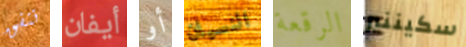
ننفق أيفان أو النسيان الرقعة سكيننير